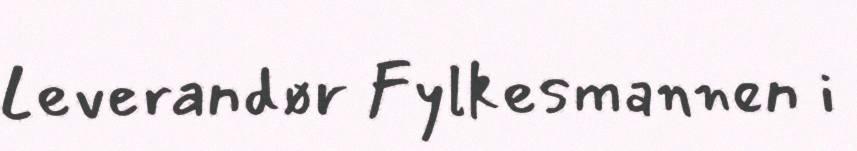
Leverandør Fylkesmannen i